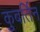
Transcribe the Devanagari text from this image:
कुबर्तिन